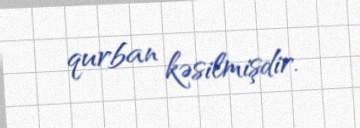
qurban kəsilmişdir.